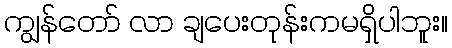
ကျွန်တော် လာ ချပေးတုန်းကမရှိပါဘူး။